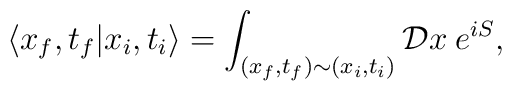
\langle x_{f},t_{f} | x_{i},t_{i} \rangle =   \int_{(x_{f},t_{f}) \sim (x_{i},t_{i})}   {\cal D}x \hspace{1mm} e^{iS},